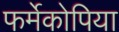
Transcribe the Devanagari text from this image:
फर्मेकोपिया